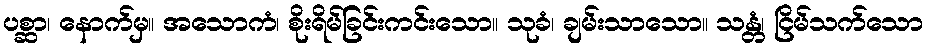
ပစ္ဆာ၊ နောက်မှ။ အသောကံ၊ စိုးရိမ်ခြင်းကင်းသော။ သုခံ၊ ချမ်းသာသော။ သန္တံ၊ ငြိမ်သက်သော